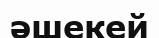
әшекей